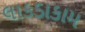
લાકડાકામ